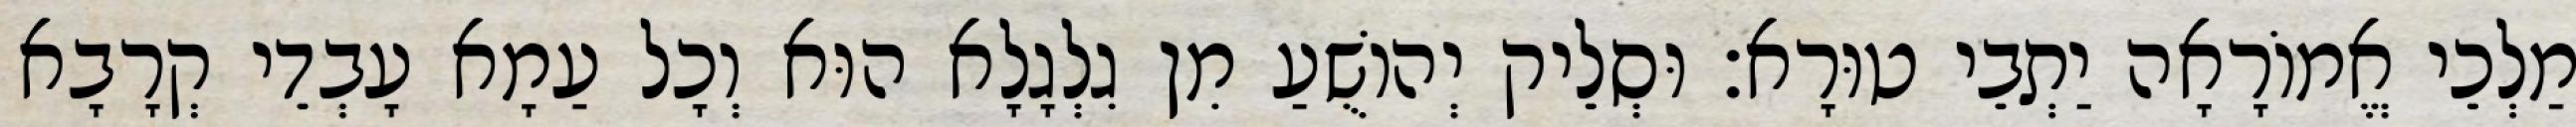
מַלְכֵי אֱמוֹרָאָה יַתְבֵי טוּרָא׃ וּסְלֵיק יְהוֹשֻׁעַ מִן גִלְגָלָא הוּא וְכָל עַמָא עָבְדֵי קְרָבָא